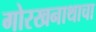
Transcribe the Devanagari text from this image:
गोरखनाथाचा